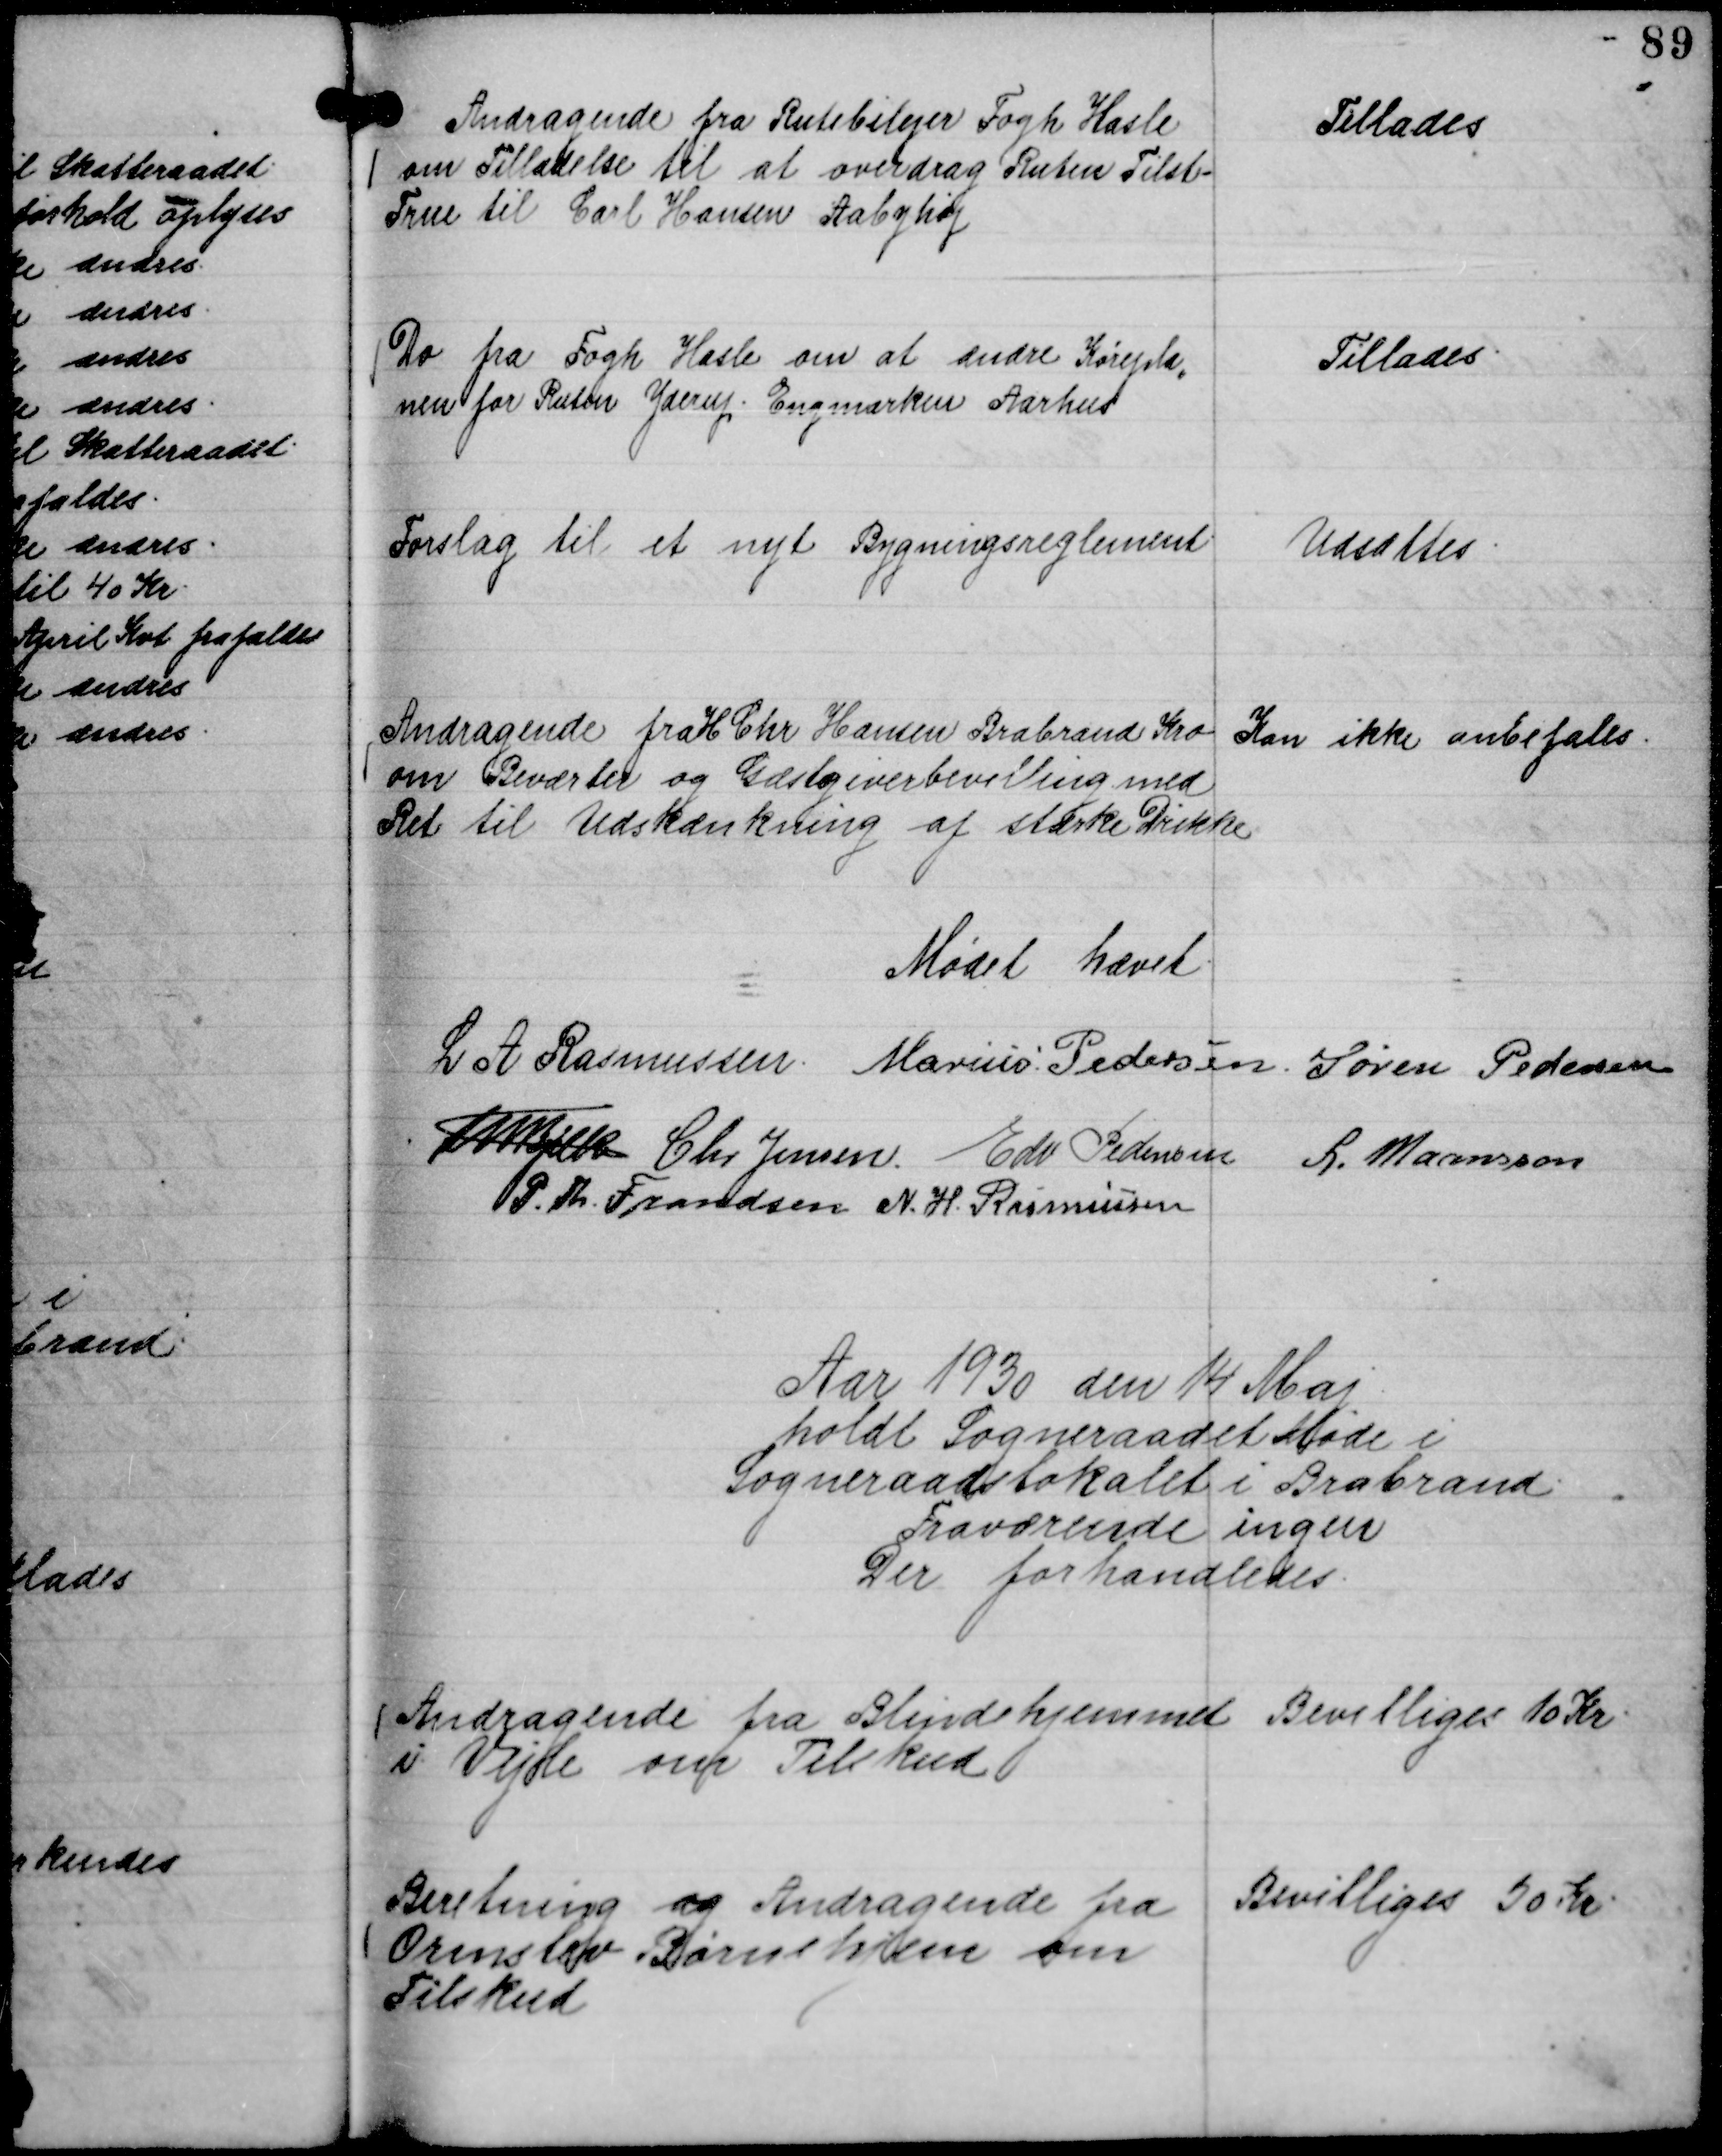
Transskription:
Andragende fra Rutebilejer Fogh Hasle
om Tilladelse til at overdrag Ruten Tilst -
True til Carl Hansen Aabyhøj

Tillades

Do fra Fogh Hasle om at ændre Kørepla,,
nen for Ruten Yderup . Engmarken Aarhus

Tillades.

Forslag til et nyt Bygningsreglement

Udsættes.

Andragende fra H Chr Hansen Brabrand Kro
om Beværter og Gæstgiverbevilling med
Ret til Udskænkning af stærke Drikke

Kan ikke anbefales.

Mødet hævet.
L A Rasmussen.
Marius Pedersen.
Søren Pedersen
Th Bjelke
Chr Jensen.
Edv Pedersen
L. Maansson
P. Th. Frandsen
N. H. Rasmussen

Aar 1930 den 14 Maj
holdt Sogneraadet Møde i
Sogneraadslokalet i Brabrand.
Fraværende ingen
Der forhandledes.

Andragende fra Blindehjemmet
i Vejle om Tilskud

Bevilliges 10 Kr.

Beretning og Andragende fra
Ormslev Bønehjem om
Tilskud

Bevilliges 50 Kr.